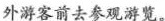
外游客前去参观游览。